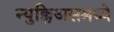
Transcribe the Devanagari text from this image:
न्युक्लिअसमध्ये